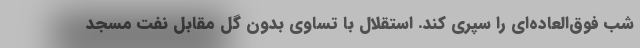
شب فوق‌العاده‌ای را سپری کند. استقلال با تساوی بدون گل مقابل نفت مسجد